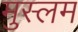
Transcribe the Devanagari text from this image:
मुस्लम